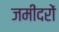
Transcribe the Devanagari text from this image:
जमींदरों